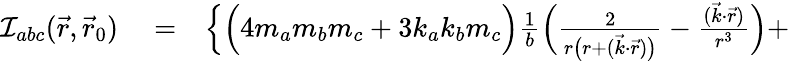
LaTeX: \begin{array}{rlr}{{\cal I}_{abc}(\vec{r},\vec{r}_{0})}&{{}=}&{\Big\{ \Big(4m_{a}m_{b}m_{c}+3k_{a}k_{b}m_{c}\Big)\frac{1}{b}\Big(\frac{2}{r\big(r+(\vec{k}\cdot\vec{r})\big)}-\frac{(\vec{k}\cdot\vec{r})}{r^{3}}\Big)+}\end{array}